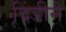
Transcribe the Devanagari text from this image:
दिंडीने